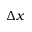
\Delta x